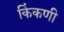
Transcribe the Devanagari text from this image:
किंकणी